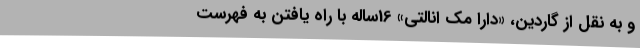
و به نقل از گاردین، «دارا مک انالتی» 16ساله با راه یافتن به فهرست